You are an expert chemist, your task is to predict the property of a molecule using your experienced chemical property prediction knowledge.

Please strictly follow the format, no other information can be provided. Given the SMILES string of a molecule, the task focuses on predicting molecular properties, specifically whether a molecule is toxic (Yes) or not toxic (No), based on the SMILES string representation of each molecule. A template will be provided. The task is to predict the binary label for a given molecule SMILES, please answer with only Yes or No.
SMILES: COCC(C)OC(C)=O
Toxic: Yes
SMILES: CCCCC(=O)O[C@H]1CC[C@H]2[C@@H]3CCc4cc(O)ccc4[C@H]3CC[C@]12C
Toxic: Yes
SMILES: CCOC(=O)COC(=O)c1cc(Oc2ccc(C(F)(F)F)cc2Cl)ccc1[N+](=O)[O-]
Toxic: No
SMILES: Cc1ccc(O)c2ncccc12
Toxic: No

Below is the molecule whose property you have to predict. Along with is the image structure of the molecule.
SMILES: N=C(N)N.N=C(N)N.O=C(O)O
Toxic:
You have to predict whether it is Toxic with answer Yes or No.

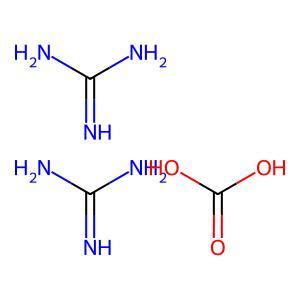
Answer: No